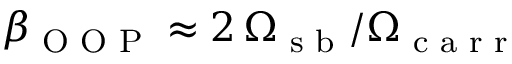
\beta _ { \textrm { O O P } } \approx 2 \, \Omega _ { \textrm { s b } } / \Omega _ { \textrm { c a r r } }